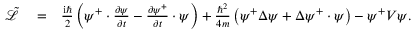
\begin{array} { r l r } { \tilde { \mathcal { L } } } & { { } = } & { \frac { \mathrm { i } \hbar } { 2 } \left( \psi ^ { + } \cdot \frac { \partial \psi } { \partial t } - \frac { \partial \psi ^ { + } } { \partial t } \cdot \psi \right) + \frac { \hbar ^ { 2 } } { 4 m } \left( \psi ^ { + } \Delta \psi + \Delta \psi ^ { + } \cdot \psi \right) - \psi ^ { + } V \psi . } \end{array}